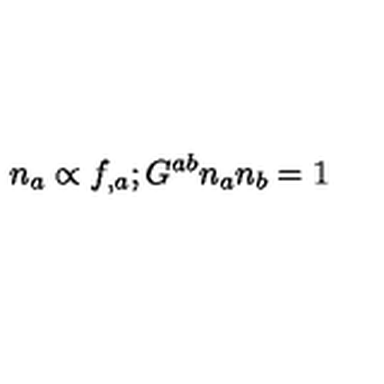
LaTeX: n _ { a } \propto f _ { , a } ; G ^ { a b } n _ { a } n _ { b } = 1